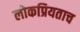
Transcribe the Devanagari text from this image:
लोकप्रियताच